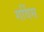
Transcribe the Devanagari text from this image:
गर्विस